Mental hospitals Bombay report 1921-28 - 1921-1928
Year: 1921
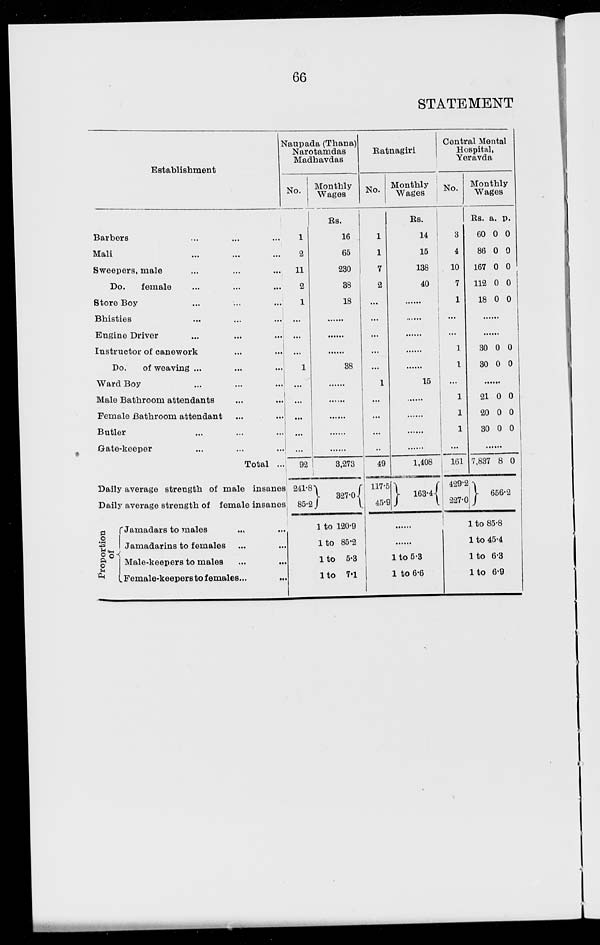
66
STATEMENT
Establishment
Barbers ... ... ...
Mali ... ... ...
Sweepers, male ... ... ...
Do.
female ... ... ...
Store Boy ... ... ...
Bhisties ... ... ...
Engine Driver ... ... ...
Instructor of canework ... ... ...
Do.
of weaving ... ... ...
Ward Boy ... ... ...
Male Bathroom attendants ... ...
Female Bathroom attendant ... ...
Butler ... ... ...
Gate-keeper ... ... ...
Total ...
Daily average strength of male insanes
Daily average strength of female insanes
Proportion
of
Jamadars to males ... ...
Jamadarins to females ... ...
Male-keepers to males ... ...
Female-keepers to females ... ...
Naupada (Thana)
Narotamdas
Madhavdas
No.
1
2
11
2
1
...
...
...
1
...
...
...
...
...
92
241-8
85.2
Monthly
Wages
Rs.
16
65
230
38
18
......
......
......
38
......
......
......
......
......
3,273
327-0
1 to 120.9
1 to 85.2
1 to 5.3
1 to 7.1
Ratnagiri
No.
1
1
7
2
...
...
...
...
...
1
...
...
...
...
49
117.5
45.9
Monthly
Wages
Rs.
14
15
138
40
......
......
......
......
......
15
......
......
......
......
1,408
163.4
......
......
1 to 5.3
1 to 6.6
Central Mental
Hospital,
Yeravda
No.
3
4
10
7
1
...
...
1
1
...
1
1
1
...
161
429.2
227.0
Monthly
Wages
Rs.
60
86
167
112
18
a.
0
0
0
0
0
p.
0
0
0
0
0
......
......
30
30
0
0
0
0
......
21
20
30
0
0
0
0
0
0
......
7,837 8 0
656.2
1 to 85.8
1 to 45.4
1 to 6.3
1 to 6.9